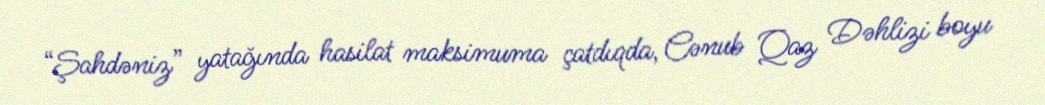
“Şahdəniz” yatağında hasilat maksimuma çatdıqda, Cənub Qaz Dəhlizi boyu